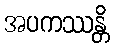
အပကဿန္တိ